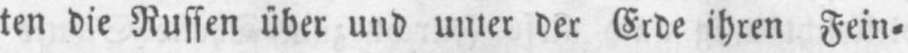
ten die Russen über und unter der Erde ihren Fein⸗